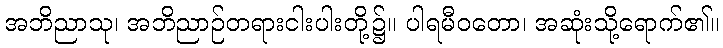
အဘိညာသု၊ အဘိညာဉ်တရားငါးပါးတို့၌။ ပါရမီဝတော၊ အဆုံးသို့ရောက်၏။